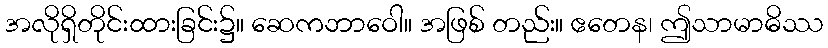
အလိုရှိတိုင်းထားခြင်း၌။ ဆေကဘာဝေါ။ အဖြစ် တည်း။ ဧတေန၊ ဤသာမာဓိဿ